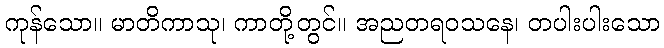
ကုန်သော။ မာတိကာသု၊ ကာတို့တွင်။ အညတရဝသနေ၊ တပါးပါးသော